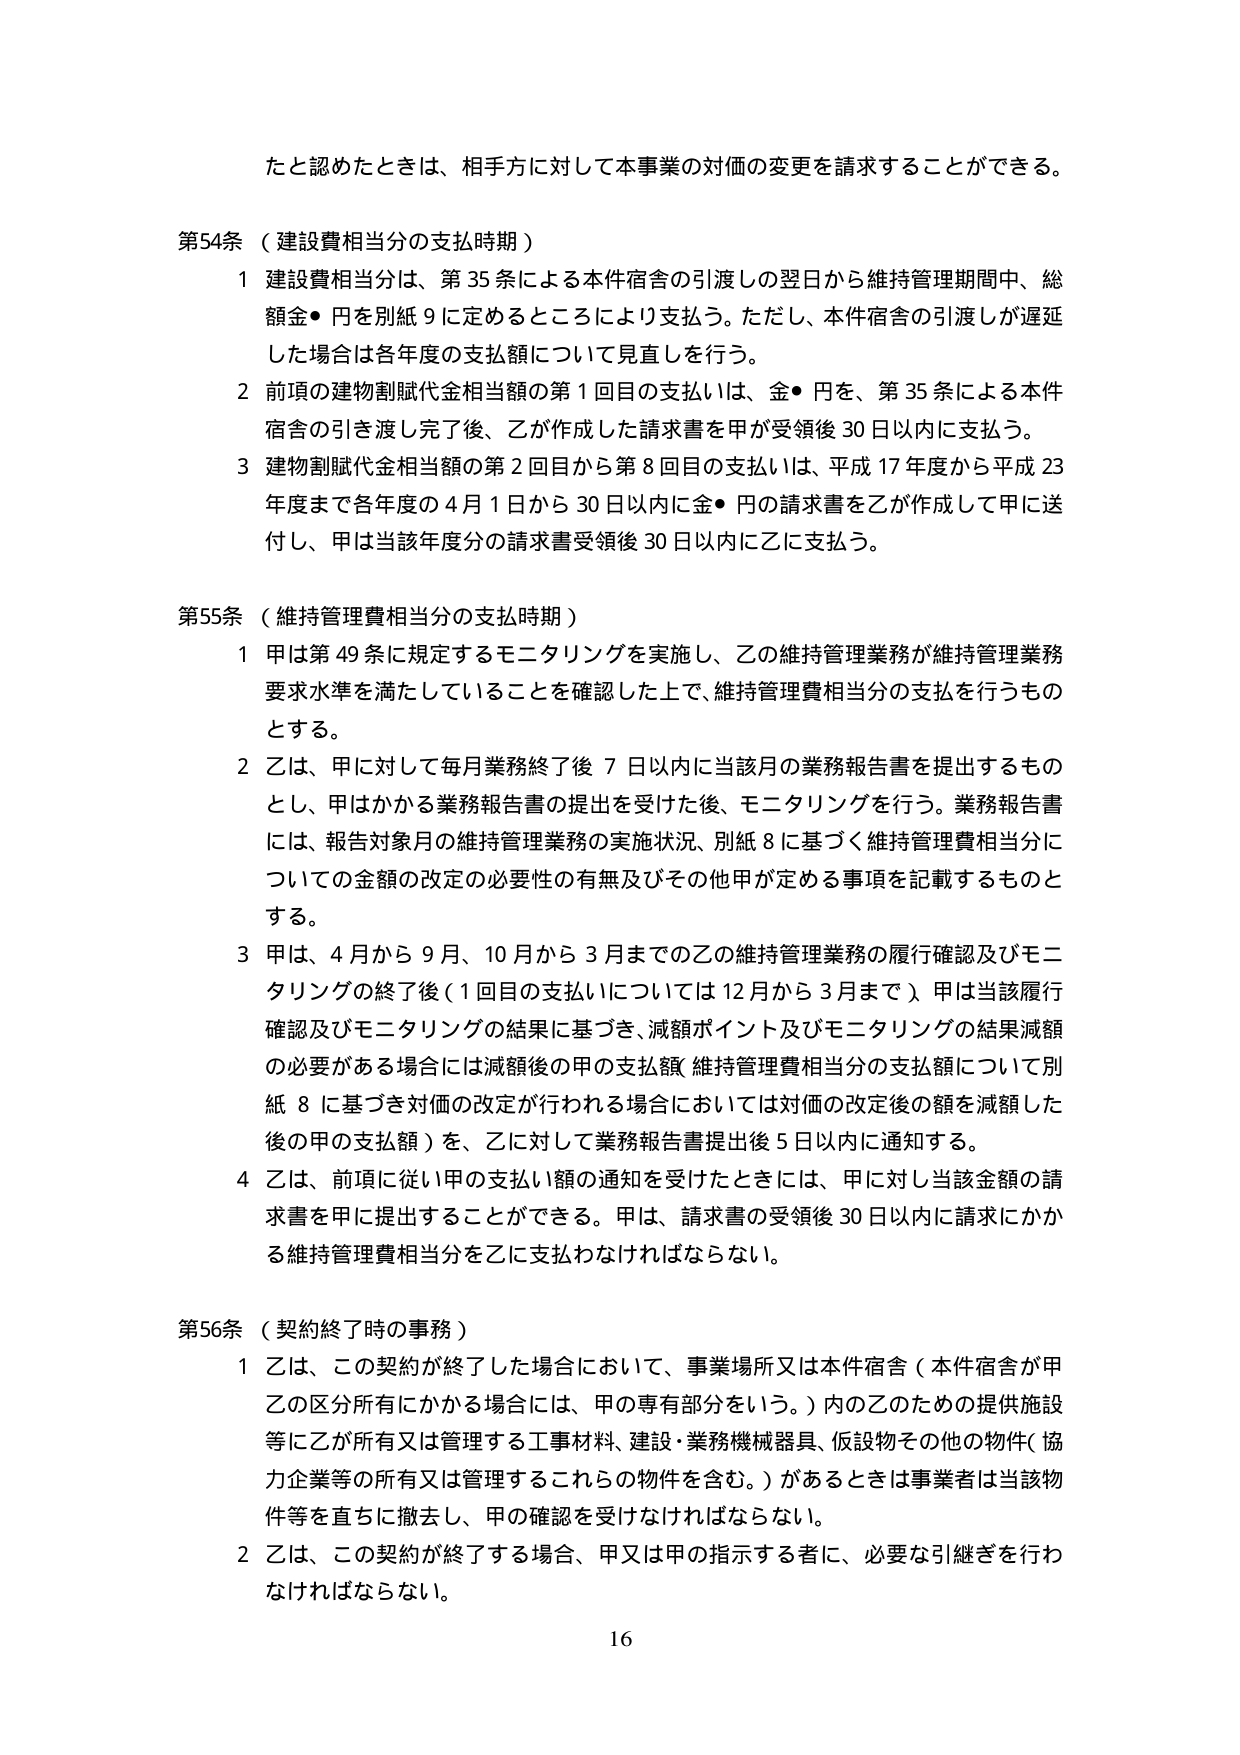
たと認めたときは、相手方に対して本事業の対価の変更を請求することができる。

第54条（建設費相当分の支払時期）
1 建設費相当分は、第35条による本件宿舎の引渡しの翌日から維持管理期間中、総額金●円を別紙9に定めるところにより支払う。ただし、本件宿舎の引渡しが遅延した場合は各年度の支払額について見直しを行う。
2 前項の建物割賦代金相当額の第1回目の支払いは、金●円を、第35条による本件宿舎の引き渡し完了後、乙が作成した請求書を甲が受領後30日以内に支払う。
3 建物割賦代金相当額の第2回目から第8回目の支払いは、平成17年度から平成23年度まで各年度の4月1日から30日以内に金●円の請求書を乙が作成して甲に送付し、甲は当該年度分の請求書受領後30日以内に乙に支払う。

第55条（維持管理費相当分の支払時期）
1 甲は第49条に規定するモニタリングを実施し、乙の維持管理業務が維持管理業務要求水準を満たしていることを確認した上で、維持管理費相当分の支払いを行うものとする。
2 乙は、甲に対して毎月業務終了後7日以内に当該月の業務報告書を提出するものとし、甲はかかる業務報告書の提出を受けた後、モニタリングを行う。業務報告書には、報告対象月の維持管理業務の実施状況、別紙8に基づく維持管理費相当分についての金額の改定の必要性の有無及びその他甲が定める事項を記載するものとする。
3 甲は、4月から9月、10月から3月までの乙の維持管理業務の履行確認及びモニタリングの終了後（1回目の支払いについては12月から3月まで）、甲は当該履行確認及びモニタリングの結果に基づき、減額ポイント及びモニタリングの結果減額の必要がある場合には減額後の甲の支払額（維持管理費相当分の支払額について別紙8に基づき対価の改定が行われる場合においては対価の改定後の額を減額した後の甲の支払額）を、乙に対して業務報告書提出後5日以内に通知する。
4 乙は、前項に従い甲の支払い額の通知を受けたときには、甲に対し当該金額の請求書を甲に提出することができる。甲は、請求書の受領後30日以内に請求にかかる維持管理費相当分を乙に支払わなければならない。

第56条（契約終了時の事務）
1 乙は、この契約が終了した場合において、事業場所又は本件宿舎（本件宿舎が甲乙の区分所有にかかる場合には、甲の専有部分をいう。）内の乙のための提供施設等に乙が所有又は管理する工事材料、建設・業務機械器具、仮設物その他の物件（協力企業等の所有又は管理するこれらの物件を含む。）があるときは事業者は当該物件等を直ちに撤去し、甲の確認を受けなければならない。
2 乙は、この契約が終了する場合、甲又は甲の指示する者に、必要な引継ぎを行わなければならない。

16